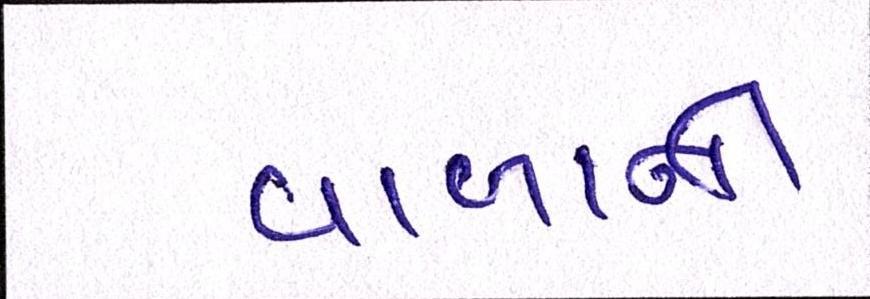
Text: વાળાની